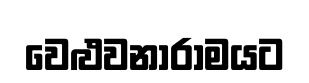
වෙළුවනාරාමයට